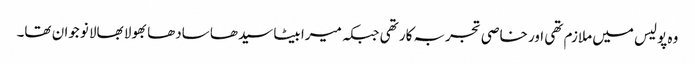
وہ پولیس میں ملازم تھی اور خاصی تجربہ کار تھی جبکہ میرا بیٹا سیدھا سادھا بھولا بھالا نوجوان تھا۔